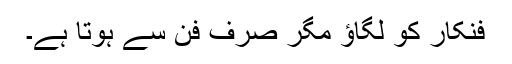
فنکار کو لگاؤ مگر صرف فن سے ہوتا ہے۔